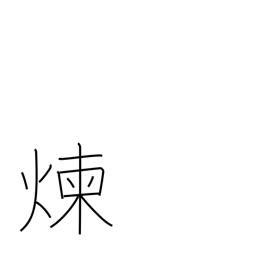
Meaning: refine metals